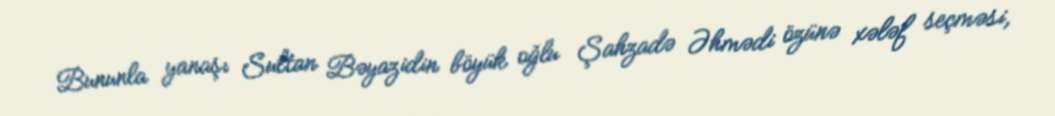
Bununla yanaşı Sultan Bəyazidin böyük oğlu Şahzadə Əhmədi özünə xələf seçməsi,